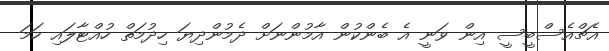
އެޗްއެސްބީސީ އިން ވަނީ އެ ބެންކުން އާމުންނަށް ދެމުންދިޔަ ހިދުމަތް ހުއްޓާލައި ހަމަ